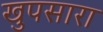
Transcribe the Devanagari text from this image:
खुपसारा